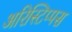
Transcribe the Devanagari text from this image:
अरिस्टिप्पस